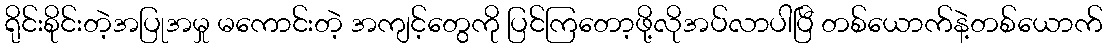
ရိုင်းစိုင်းတဲ့အပြုအမှု မကောင်းတဲ့ အကျင့်တွေကို ပြင်ကြတော့ဖို့လိုအပ်လာပါပြီ တစ်ယောက်နဲ့တစ်ယောက်